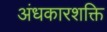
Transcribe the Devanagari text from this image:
अंधकारशक्ति